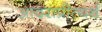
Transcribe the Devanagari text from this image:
आदराप्रीत्यर्थ